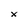
Character: X